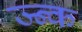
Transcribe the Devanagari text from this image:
ज्न्क